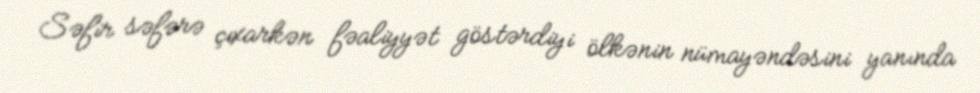
Səfir səfərə çıxarkən fəaliyyət göstərdiyi ölkənin nümayəndəsini yanında